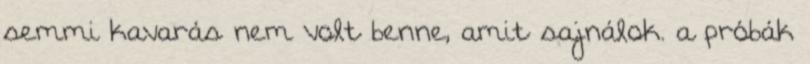
semmi kavarás nem volt benne, amit sajnálok. a próbák